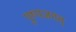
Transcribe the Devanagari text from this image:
पुष्पजगत्